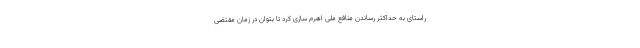
راستای به حداکثر رساندن منافع ملی اهرم سازی کرد تا بتوان در زمان مقتضی